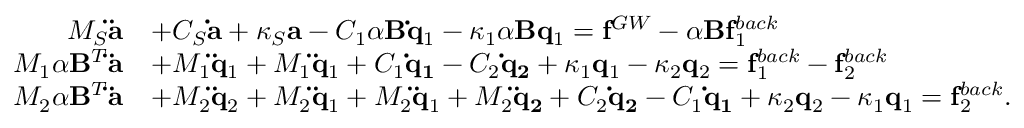
\begin{array} { r l } { M _ { S } { \bf \ddot { a } } } & { + C _ { S } { \bf \dot { a } } + \kappa _ { S } { \bf a } - C _ { 1 } \alpha { \bf B } { \bf \dot { q } } _ { 1 } - \kappa _ { 1 } \alpha { \bf B } { \bf q } _ { 1 } = { \bf f } ^ { G W } - \alpha { \bf B } { \bf f } _ { 1 } ^ { b a c k } } \\ { M _ { 1 } \alpha { \bf B } ^ { T } { \bf \ddot { a } } } & { + M _ { 1 } { \bf \ddot { q } } _ { 1 } + M _ { 1 } { \bf \ddot { q } } _ { 1 } + C _ { 1 } { \bf \dot { q } _ { 1 } } - C _ { 2 } { \bf \dot { q } _ { 2 } } + \kappa _ { 1 } { \bf q } _ { 1 } - \kappa _ { 2 } { \bf q } _ { 2 } = { \bf f } _ { 1 } ^ { b a c k } - { \bf f } _ { 2 } ^ { b a c k } } \\ { M _ { 2 } \alpha { \bf B } ^ { T } { \bf \ddot { a } } } & { + M _ { 2 } { \bf \ddot { q } } _ { 2 } + M _ { 2 } { \bf \ddot { q } } _ { 1 } + M _ { 2 } { \bf \ddot { q } } _ { 1 } + M _ { 2 } { \bf \ddot { q } _ { 2 } } + C _ { 2 } { \bf \dot { q } _ { 2 } } - C _ { 1 } { \bf \dot { q } _ { 1 } } + \kappa _ { 2 } { \bf q } _ { 2 } - \kappa _ { 1 } { \bf q } _ { 1 } = { \bf f } _ { 2 } ^ { b a c k } . } \end{array}